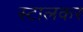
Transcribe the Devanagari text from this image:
स्टालकर